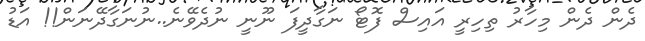
ދެން ދެން މިހާރު ތިހިރީ އައިސް ފޮޓޯ ނަގާދީފަ ނޫނީ ނުދެވޭނެ..ނުނަގާދޭނަން!! އަޑު